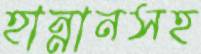
হান্নানসহ